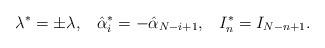
LaTeX: \begin{align*}\lambda^{*}=\pm \lambda,\;\;\;\hat{\alpha}_{i}^{*}=-\hat{\alpha}_{N-i+1},\;\;\;I_{n}^{*}=I_{N-n+1}.\end{align*}